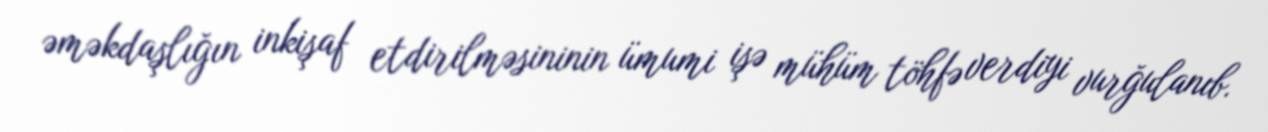
əməkdaşlığın inkişaf etdirilməsininin ümumi işə mühüm töhfə verdiyi vurğulanıb.